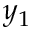
y _ { 1 }